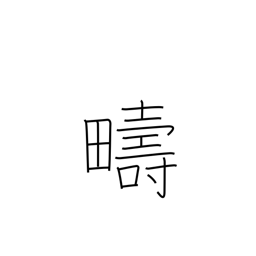
Meaning: same kind